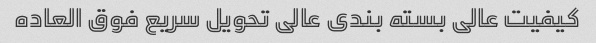
کیفیت عالی بسته بندی عالی تحویل سریع فوق العاده